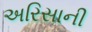
અરિસાની